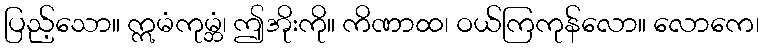
ပြည့်သော။ ဣမံကုမ္ဘံ၊ ဤအိုးကို။ ကိဏာထ၊ ဝယ်ကြကုန်လော။ လောကေ၊